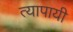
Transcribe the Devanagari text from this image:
त्यापायी